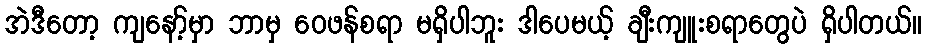
အဲဒီတော့ ကျနော့်မှာ ဘာမှ ဝေဖန်စရာ မရှိပါဘူး ဒါပေမယ့် ချီးကျူးစရာတွေပဲ ရှိပါတယ်။